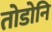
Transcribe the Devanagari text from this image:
तोडोनि